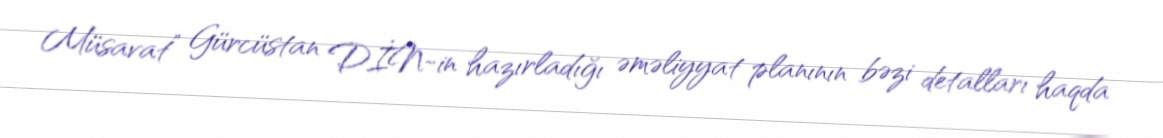
Müsavat” Gürcüstan DİN-in hazırladığı əməliyyat planının bəzi detalları haqda